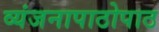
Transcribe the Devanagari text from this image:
व्यंजनापाठोपाठ